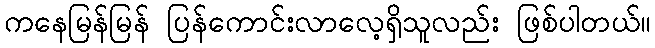
ကနေမြန်မြန် ပြန်ကောင်းလာလေ့ရှိသူလည်း ဖြစ်ပါတယ်။